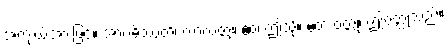
အကျယ်အားဖြင့်။ အာဂမိဿတိ၊ လာလတ္တံ့။ ဧဝံ၊ ဤသို့။ ဧတံ ဝတ္ထု၊ ဤဝတ္ထုသည်။